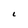
Character: L